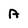
Character: A